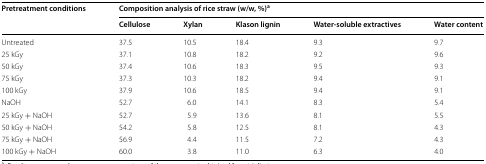
<table><thead><tr><td rowspan="2"><b>Pretreatment conditions</b></td><td colspan="5"><b>Composition analysis of rice straw (w/w, %)<sup>a</sup></b></td></tr><tr><td><b>Cellulose</b></td><td><b>Xylan</b></td><td><b>Klason lignin</b></td><td><b>Water-soluble extractives</b></td><td><b>Water content</b></td></tr></thead><tbody><tr><td>Untreated</td><td>37.5</td><td>10.5</td><td>18.4</td><td>9.3</td><td>9.7</td></tr><tr><td>25 kGy</td><td>37.1</td><td>10.8</td><td>18.2</td><td>9.2</td><td>9.6</td></tr><tr><td>50 kGy</td><td>37.4</td><td>10.6</td><td>18.3</td><td>9.5</td><td>9.3</td></tr><tr><td>75 kGy</td><td>37.3</td><td>10.3</td><td>18.2</td><td>9.4</td><td>9.1</td></tr><tr><td>100 kGy</td><td>37.9</td><td>10.6</td><td>18.5</td><td>9.4</td><td>9.1</td></tr><tr><td>NaOH</td><td>52.7</td><td>6.0</td><td>14.1</td><td>8.3</td><td>5.4</td></tr><tr><td>25 kGy + NaOH</td><td>52.7</td><td>5.9</td><td>13.6</td><td>8.1</td><td>5.5</td></tr><tr><td>50 kGy + NaOH</td><td>54.2</td><td>5.8</td><td>12.5</td><td>8.1</td><td>4.3</td></tr><tr><td>75 kGy + NaOH</td><td>56.9</td><td>4.4</td><td>11.5</td><td>7.2</td><td>4.3</td></tr><tr><td>100 kGy + NaOH</td><td>60.0</td><td>3.8</td><td>11.0</td><td>6.3</td><td>4.0</td></tr></tbody></table>